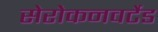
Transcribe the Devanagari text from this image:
सेरोकनवर्टेड